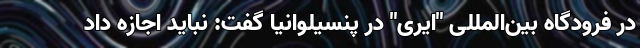
در فرودگاه‌ بین‌المللی "ایری" در پنسیلوانیا گفت: نباید اجازه داد